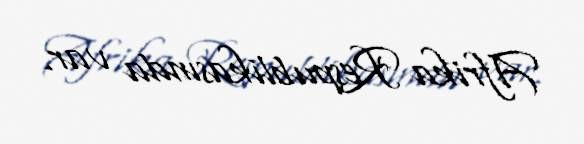
Afrika Respublikasında var.